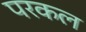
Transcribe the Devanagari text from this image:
परकल